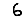
Digit: 6